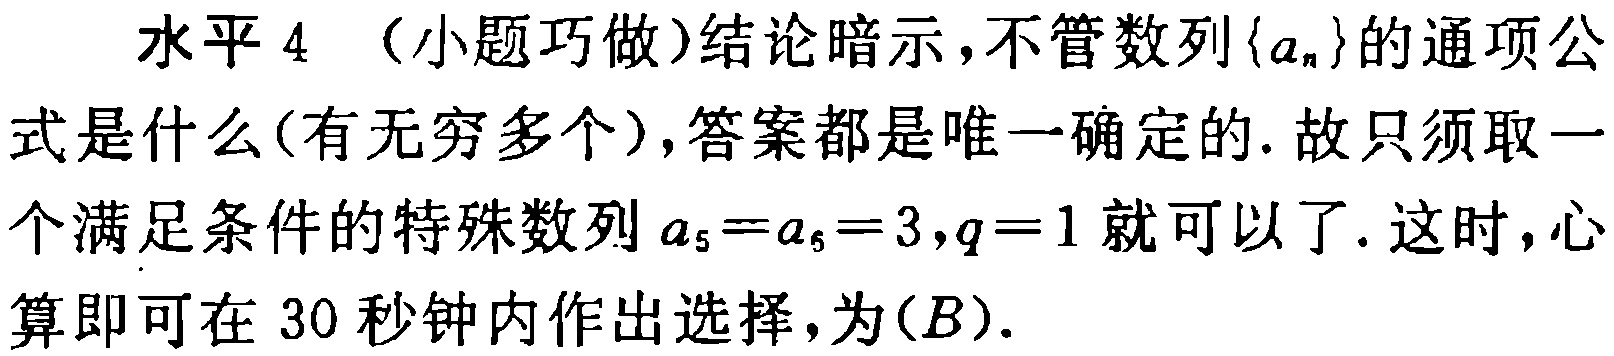
水平 4 （小题巧做）结论暗示，不管数列\(\{a_{n}\}\)的通项公式是什么(有无穷多个)，答案都是唯一确定的. 故只须取一个满足条件的特殊数列\(a_{5}=a_{6}=3,q = 1\)就可以了. 这时，心算即可在 30 秒钟内作出选择，为\((B)\).